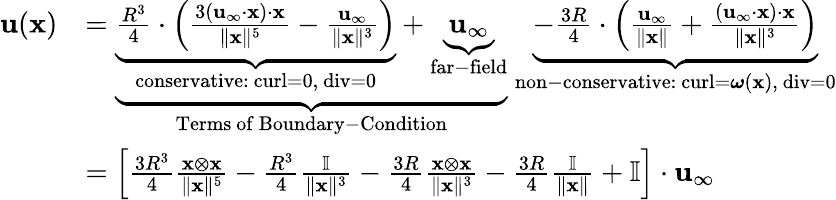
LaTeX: {\begin{array}{rl}{\mathbf{u}(\mathbf{x})}&{=\underbrace{\underbrace{{\frac{R^{3}}{4}}\cdot\left({\frac{3\left(\mathbf{u}_{\infty}\cdot\mathbf{x}\right)\cdot\mathbf{x}}{\| \mathbf{x}\| ^{5}}}-{\frac{\mathbf{u}_{\infty}}{\| \mathbf{x}\| ^{3}}}\right)}_{\mathrm{conservative:~curl=0,~div=0}}+\underbrace{\mathbf{u}_{\infty}}_{\mathrm{far-field}}}_{\mathrm{Terms~of~Boundary-Condition}}\; \underbrace{-{\frac{3R}{4}}\cdot\left({\frac{\mathbf{u}_{\infty}}{\| \mathbf{x}\| }}+{\frac{\left(\mathbf{u}_{\infty}\cdot\mathbf{x}\right)\cdot\mathbf{x}}{\| \mathbf{x}\| ^{3}}}\right)}_{{\mathrm{non-conservative:~curl}}={\boldsymbol{\omega}}(\mathbf{x}),{\mathrm{~div=0}}}}\\ &{=\left[{\frac{3R^{3}}{4}}{\frac{\mathbf{x\otimes\mathbf{x}}}{\| \mathbf{x}\| ^{5}}}-{\frac{R^{3}}{4}}{\frac{\mathbb{I}}{\| \mathbf{x}\| ^{3}}}-{\frac{3R}{4}}{\frac{\mathbf{x}\otimes\mathbf{x}}{\| \mathbf{x}\| ^{3}}}-{\frac{3R}{4}}{\frac{\mathbb{I}}{\| \mathbf{x}\| }}+\mathbb{I}\right]\cdot\mathbf{u}_{\infty}}\end{array}}